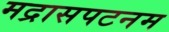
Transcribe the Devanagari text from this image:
मद्रासपटनम